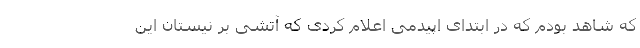
که شاهد بودم که در ابتدای اپیدمی اعلام کردی که آتشی بر نیستان این